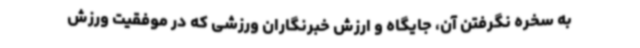
به سخره نگرفتن آن، جایگاه و ارزش خبرنگاران ورزشی که در موفقیت ورزش